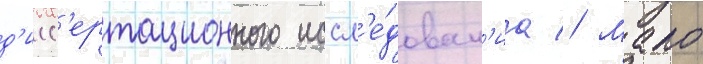
д'исс'ертационного иссл'е́дован'иа // Мало